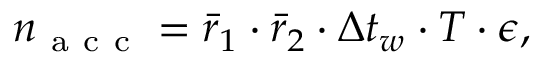
n _ { \mathrm { ~ a ~ c ~ c ~ } } = \bar { r } _ { 1 } \cdot \bar { r } _ { 2 } \cdot \Delta t _ { w } \cdot T \cdot \epsilon ,